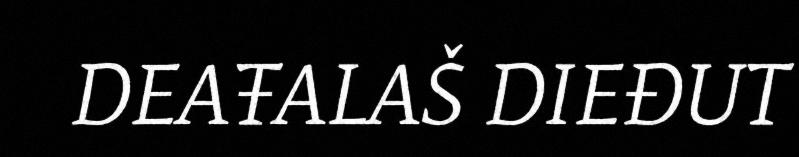
DEAŦALAŠ DIEĐUT